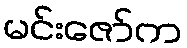
မင်းဇော်က